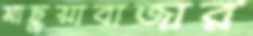
মাছুয়াবাজার